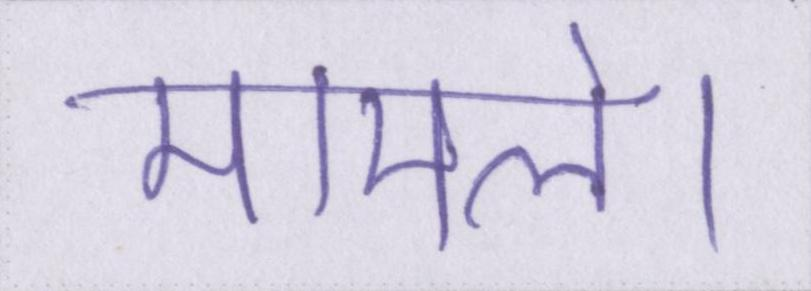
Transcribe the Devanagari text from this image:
मामले।